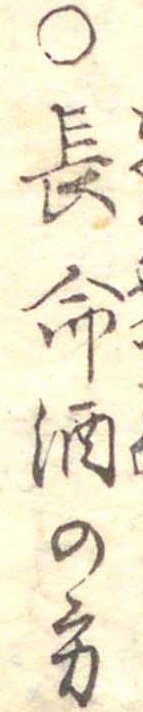
○長命酒の方